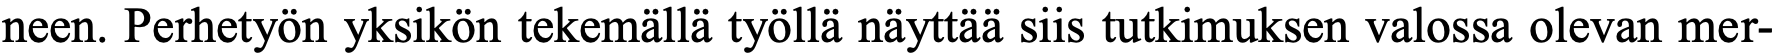
neen. Perhetyön yksikön tekemällä työllä näyttää siis tutkimuksen valossa olevan mer-